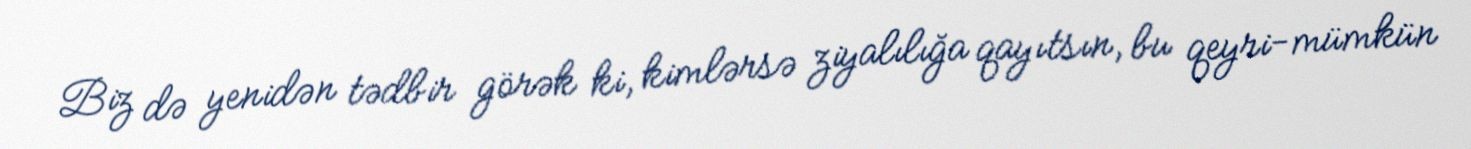
Biz də yenidən tədbir görək ki, kimlərsə ziyalılığa qayıtsın, bu qeyri-mümkün